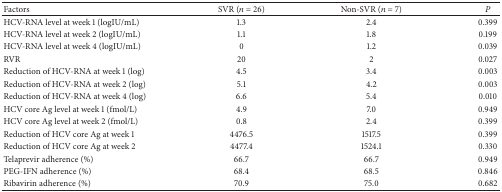
<table><thead><tr><td><b>Factors</b></td><td><b>SVR (<i>n</i> = 26)</b></td><td><b>Non-SVR (<i>n</i> = 7)</b></td><td><b><i>P</i></b></td></tr></thead><tbody><tr><td>HCV-RNA level at week 1 (logIU/mL)</td><td>1.3</td><td>2.4</td><td>0.399</td></tr><tr><td>HCV-RNA level at week 2 (logIU/mL)</td><td>1.1</td><td>1.8</td><td>0.199</td></tr><tr><td>HCV-RNA level at week 4 (logIU/mL)</td><td>0</td><td>1.2</td><td>0.039</td></tr><tr><td>RVR</td><td>20</td><td>2</td><td>0.027</td></tr><tr><td>Reduction of HCV-RNA at week 1 (log)</td><td>4.5</td><td>3.4</td><td>0.003</td></tr><tr><td>Reduction of HCV-RNA at week 2 (log)</td><td>5.1</td><td>4.2</td><td>0.003</td></tr><tr><td>Reduction of HCV-RNA at week 4 (log)</td><td>6.6</td><td>5.4</td><td>0.010</td></tr><tr><td>HCV core Ag level at week 1 (fmol/L)</td><td>4.9</td><td>7.0</td><td>0.949</td></tr><tr><td>HCV core Ag level at week 2 (fmol/L)</td><td>0.8</td><td>2.4</td><td>0.399</td></tr><tr><td>Reduction of HCV core Ag at week 1</td><td>4476.5</td><td>1517.5</td><td>0.399</td></tr><tr><td>Reduction of HCV core Ag at week 2</td><td>4477.4</td><td>1524.1</td><td>0.330</td></tr><tr><td>Telaprevir adherence (%)</td><td>66.7</td><td>66.7</td><td>0.949</td></tr><tr><td>PEG-IFN adherence (%)</td><td>68.4</td><td>68.5</td><td>0.846</td></tr><tr><td>Ribavirin adherence (%)</td><td>70.9</td><td>75.0</td><td>0.682</td></tr></tbody></table>